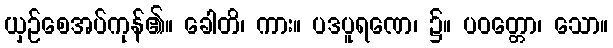
ယှဉ်စေအပ်ကုန်၏။ ခေါတိ၊ ကား။ ပဒပူရဏေ၊ ၌။ ပဝတ္တော၊ သော။